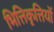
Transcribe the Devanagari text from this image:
भित्तिकृत्तियों